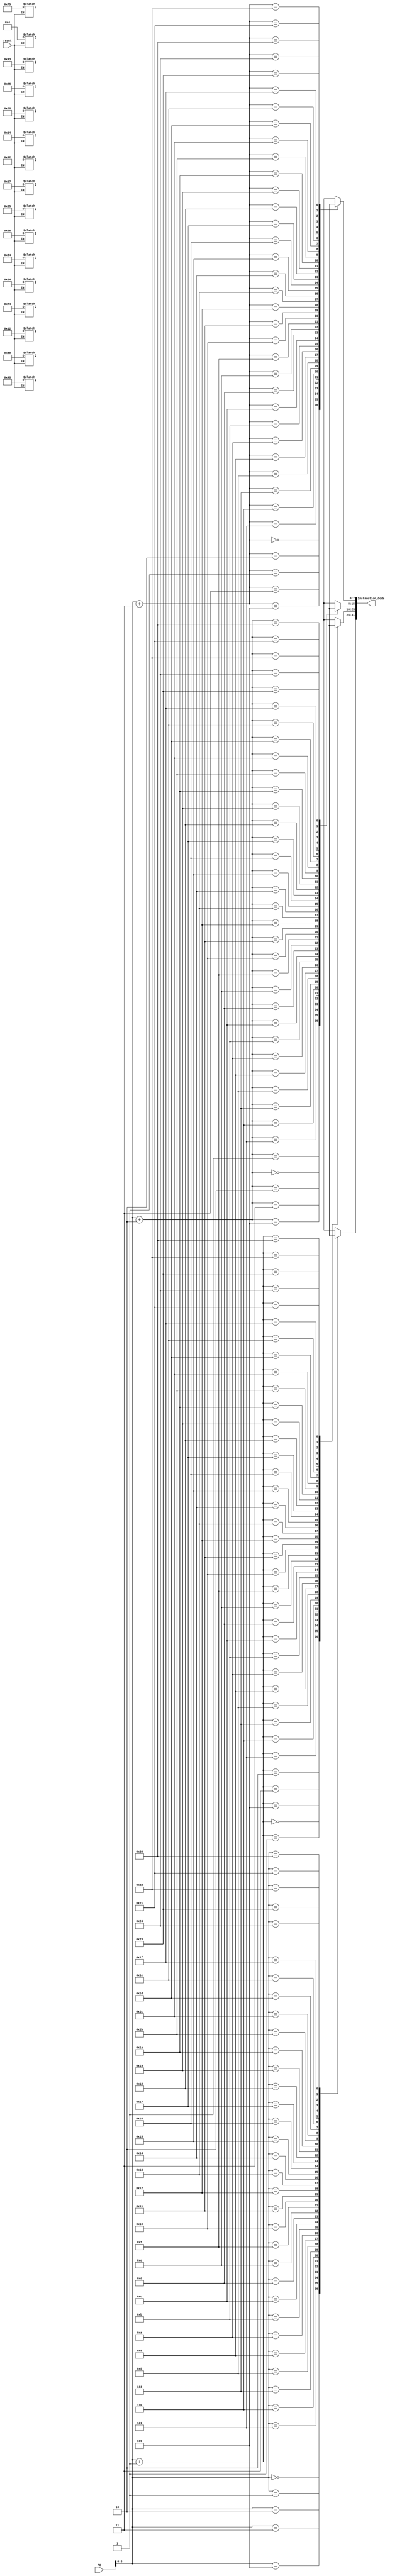
`timescale 1ns / 1ps
//////////////////////////////////////////////////////////////////////////////////
// Company: 
// Engineer: 
// 
// Design Name: 
// Module Name: insmem
// Project Name: 
// Target Devices: 
// Tool Versions: 
// Description: 
// 
// Dependencies: 
// 
// Revision:
// Revision 0.01 - File Created
// Additional Comments:
// 
//////////////////////////////////////////////////////////////////////////////////


module insmem(
    input [31:0] PC,
    input reset,
    output [31:0] Instruction_Code
    );
    
    reg [7:0] Mem [36:0]; //byte addressable memory 37 locations
    
    //For normal memory read we use the following statement
    assign Instruction_Code = {Mem[PC], Mem[PC+1], Mem[PC+2], Mem[PC+3]};
    //reads instruction code specified by PC // Big Endian 
    
    //handling reset condition
    always @(reset) 
    begin 
    
        if(reset == 0) //if reset is equal to logic 0
        //Initialize the memory with 4 instructions
        begin
            Mem[0] = 8'h84; Mem[1] = 8'h04; Mem[2] = 8'h12; Mem[3] = 8'h32;
            //First 32-bit location with data 84041232 hexadecimal // BigEndian style
            
            Mem[4] = 8'h25; Mem[5] = 8'h43; Mem[6] = 8'h17; Mem[7] = 8'h89;
            //Second 32-bit location with data 25431789 hexadecimal // BigEndian style
            
            Mem[8] = 8'h48; Mem[9] = 8'h74; Mem[10] = 8'h54; Mem[11] = 8'h46;
            //Third 32-bit location with data 48745446 hexadecimal //BigEndian style
            
            Mem[12] = 8'h78; Mem[13] = 8'h14; Mem[14] = 8'h56; Mem[15] = 8'h75;
            //Fourth 32-bit location with data 78145675 hexadecimal //BigEndian style
       end     
   end 
    
endmodule